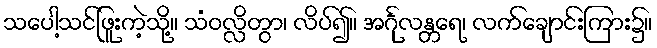
သပေါ့သင်ဖြူးကဲ့သို့။ သံဝလ္လိတွာ၊ လိပ်၍။ အင်္ဂုလန္တရေ၊ လက်ချောင်းကြား၌။